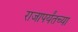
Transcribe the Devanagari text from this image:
राजापर्यंतच्या